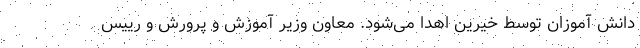
دانش آموزان توسط خیرین اهدا می‌شود. معاون وزیر آموزش و پرورش و رییس